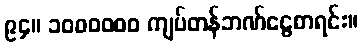
၉၄။ ၁၀၀၀၀၀၀ ကျပ်တန်ဘဏ်ငွေစာရင်း။